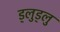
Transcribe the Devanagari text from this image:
ड्लुड्लु